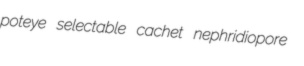
poteye selectable cachet nephridiopore